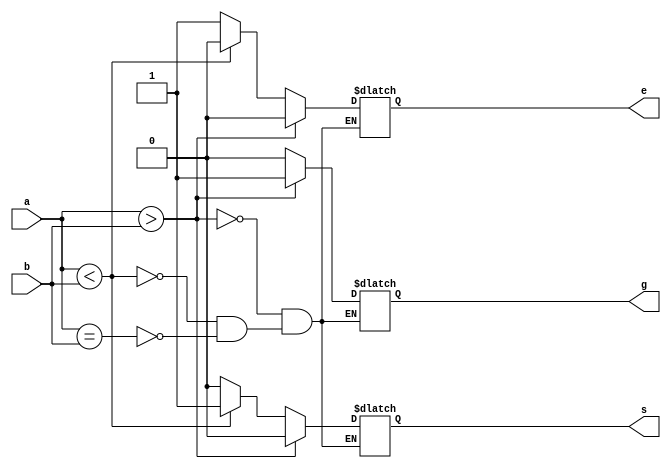
module four_bit_comp(
			input [4:1]a,
			input [4:1]b,
			// output g, e, s,
			output reg g, e, s
						);

// g = greater;	e = equal; s = smaller
// Concept:
/*
a[4] > b[4] 	logic:		a[4] & 	~b[4]
a[4] = b[4]		logic:		a[4] ~^ b[4]
a[4] < b[4]		logic: 		~a[4] &	b[4]
*/



/*
// RTL Modelling
assign g = (a[4] & ~b[4]) + 
	(	(a[4] ~^ b[4]) & (a[3] & ~b[3]) 	) + 
	(	(a[4] ~^ b[4]) & (a[3] ~^ b[3]) & (a[2] & ~a[2])	) +
	(	(a[4] ~^ b[4]) & (a[3] ~^ b[3]) & (a[2] ~^ a[2]) & (a[1] & ~a[1])	);

assign e = (a[4] ~^ b[4]) & (a[3] ~^ b[3]) & (a[2] ~^ b[2]) & (a[1] ~^ b[1]);


assign s = (~a[4] & b[4]) + 
	(	(a[4] ~^ b[4]) & (~a[3] & b[3]) 	) + 
	(	(a[4] ~^ b[4]) & (a[3] ~^ b[3]) & (~a[2] & a[2])	) +
	(	(a[4] ~^ b[4]) & (a[3] ~^ b[3]) & (a[2] ~^ a[2]) & (~a[1] & a[1])	);

*/


// Behavioral Modelling - Best Method
always @(a or b)
	begin
		
		if (a > b)
		begin 
			g <= 1'b1;
			e <= 1'b0;
			s <= 1'b0;	end

		else if (a<b)
		begin

			g <= 1'b0;
			e <= 1'b0;
			s <= 1'b1;	end
		
		else if (a == b)
		begin
			g <= 1'b0;
			e <= 1'b1;
			s <= 1'b0;	end


	end

endmodule